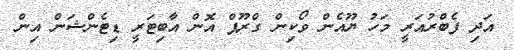
އަދި ފެބްރުއަރީ މަހު ޔޫއެން ވޯކިން ގްރޫޕް އޮން އާބިޓަރީ ޑިޓެންޝަން އިން